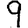
Digit: 9